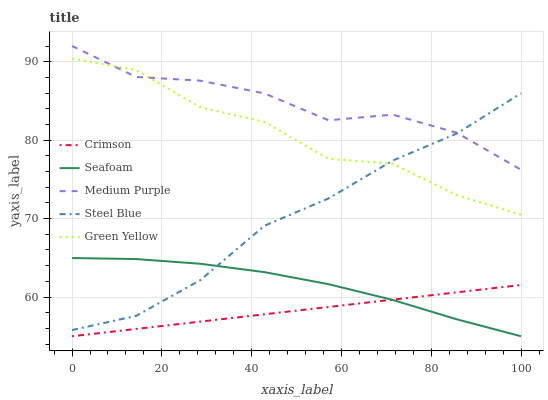
| xaxis_label | Crimson | Seafoam | Medium Purple | Steel Blue | Green Yellow |
 | --- | --- | --- | --- | --- | --- |
 | 0 | 55 | 65 | 92 | 55.8 | 90.4 |
 | 14.3 | 55.9 | 64.8 | 88.1 | 57.6 | 88.9 |
 | 28.6 | 56.9 | 64.2 | 87.6 | 62.2 | 84.2 |
 | 42.9 | 57.8 | 63.2 | 86 | 69.1 | 82.3 |
 | 57.1 | 58.7 | 61.6 | 82.5 | 72.6 | 77.6 |
 | 71.4 | 59.7 | 59.6 | 83.3 | 77.4 | 77 |
 | 85.7 | 60.6 | 57.2 | 80.9 | 80.8 | 73 |
 | 100 | 61.5 | 55 | 76.2 | 86 | 70.5 |